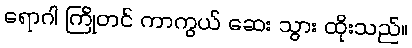
ရောဂါ ကြိုတင် ကာကွယ် ဆေး သွား ထိုးသည်။